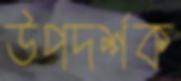
উপদর্শক